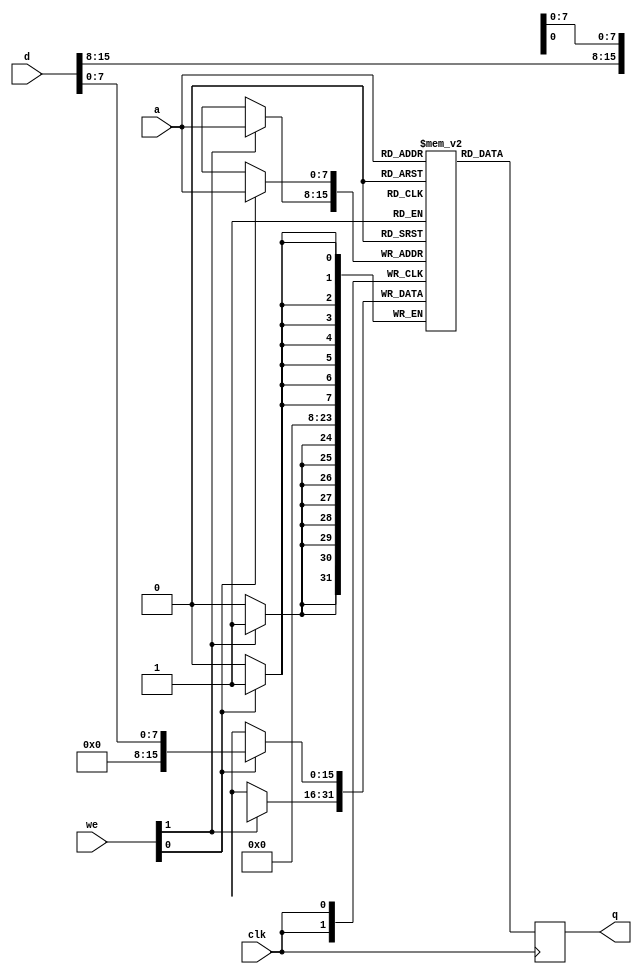
module sync_1rd_1wr_byteen (
  input clk,
  input [7:0] a, 
  input [1:0] we, 
  input [15:0] d,
  output reg [15:0] q
);
  reg [15:0] mem[0:255];
  always @(posedge clk) begin
    if (we[0]) mem[a][7:0] <= d[7:0];
    if (we[1]) mem[a][15:8] <= d[15:8];
  end
  always @(posedge clk) q <= mem[a];
endmodule